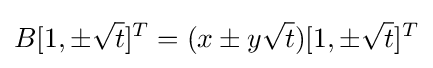
B[1,\pm {\sqrt {t}}]^{T}=(x\pm y{\sqrt {t}})[1,\pm {\sqrt {t}}]^{T}